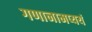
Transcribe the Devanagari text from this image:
गणानामप्ययं